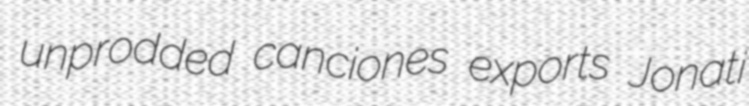
unprodded canciones exports Jonati